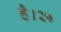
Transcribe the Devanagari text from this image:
है।२५